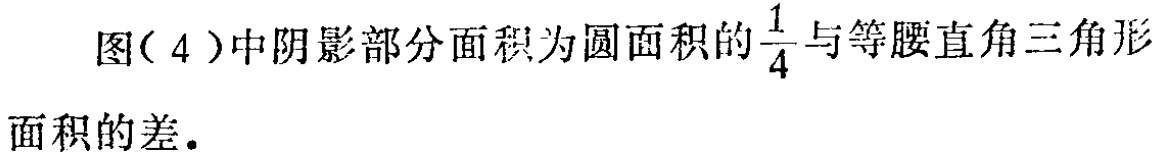
图( 4 )中阴影部分面积为圆面积的$\frac{1}{4}$与等腰直角三角形面积的差.